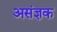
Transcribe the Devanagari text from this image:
असंज्ञक